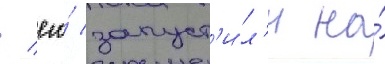
/ его́ запуст'и́л'и на́